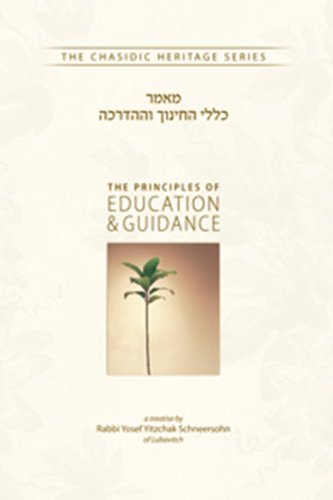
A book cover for The Principles of Education and Guidance (The Chasidic Heritage Series) (Hebrew and English Edition); Yosef Yitzchak Schneersohn; Religion & Spirituality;